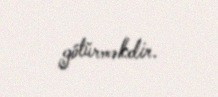
götürməkdir.